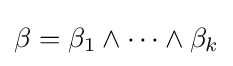
\beta =\beta _{1}\wedge \cdots \wedge \beta _{k}